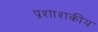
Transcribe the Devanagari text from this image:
प्रशाशकीय